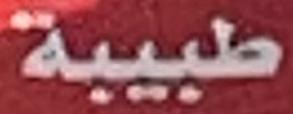
طبیبة